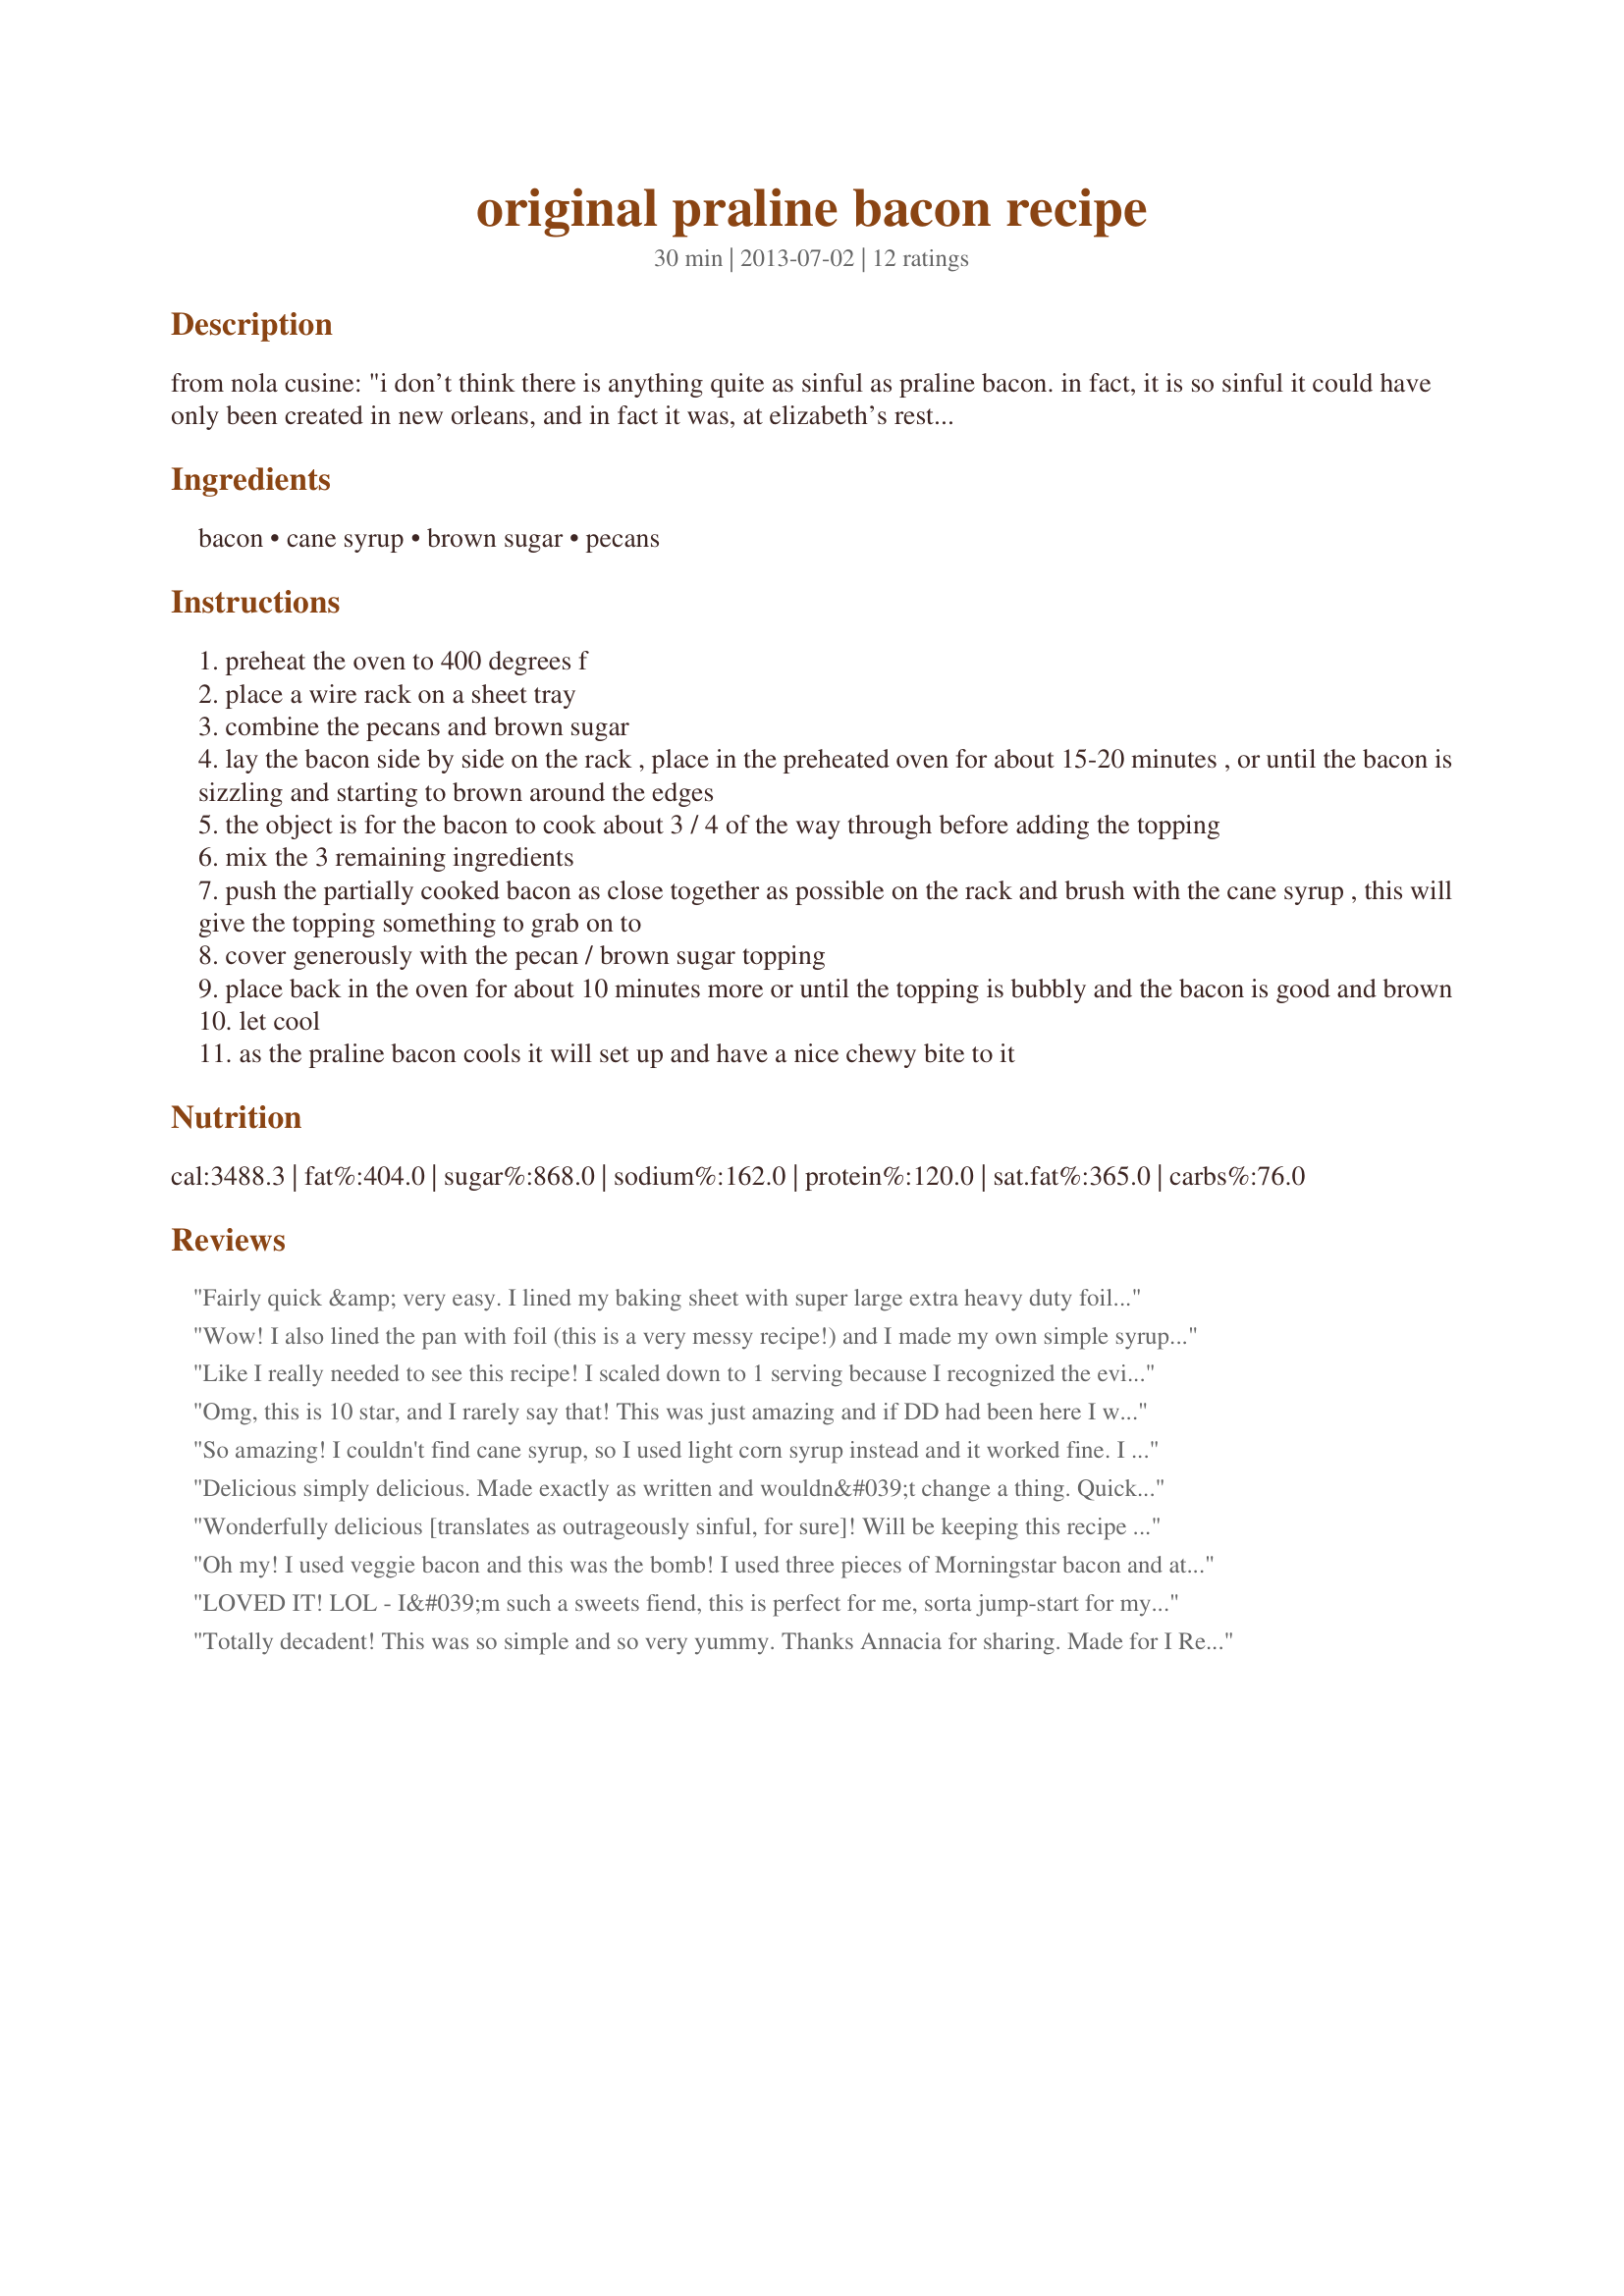
original praline bacon recipe
Preparation time: 30 minutes

from nola cusine: "i don’t think there is anything quite as sinful as praline bacon. in fact, it is so sinful it could have only been created in new orleans, and in fact it was, at elizabeth’s restaurant in 1998. the flavor marriage of pralines and good smoky bacon is so wrong that it just has to be right. make this with breakfast, and you will absolutely blow your family and guests away with minimal effort!"

Ingredients:
bacon, cane syrup, brown sugar, pecans

Steps:
preheat the oven to 400 degrees f
place a wire rack on a sheet tray
combine the pecans and brown sugar
lay the bacon side by side on the rack , place in the preheated oven for about 15-20 minutes , or until the bacon is sizzling and starting to brown around the edges
the object is for the bacon to cook about 3 / 4 of the way through before adding the topping
mix the 3 remaining ingredients
push the partially cooked bacon as close together as possible on the rack and brush with the cane syrup , this will give the topping something to grab on to
cover generously with the pecan / brown sugar topping
place back in the oven for about 10 minutes more or until the topping is bubbly and the bacon is good and brown
let cool
as the praline bacon cools it will set up and have a nice chewy bite to it

Reviews:
Fairly quick &amp; very easy. I lined my baking sheet with super large extra heavy duty foil, &amp; toasted the pecans in the preheating oven. I removed them to a bowl, put the rack onto the pan &amp; loaded up the bacon! the cooking times are spot on. I do recommend removing the final result from the rack before they cool, harden &amp; adhere! I have a VERY happy tummy!! Thank you! Made for ZWT9 Mike &amp; the Appliance Killers.
Wow! I also lined the pan with foil (this is a very messy recipe!) and I made my own simple syrup: Recipe #26987 and added about 1/2 teaspoon of pure maple extract. In our new oven I cooked the bacon (*local* bacon) for only 12 minutes and after adding the topping just another 2-3 minutes. This was good all on its own but will taste amazing tomorrow on a tossed salad as garnish. I imagine this tasting extra decadent crumbled on top of a scoop of homemade vanilla ice cream. Made for ZWT 9.
Like I really needed to see this recipe! I scaled down to 1 serving because I recognized the evil intent behind it, which was a good thing because my son and I ate all 6 rashers in, maybe, 2 minutes? Unbelievably good. Unbelievably messy. I took aforementioned advice and lined my pan with aluminum foil so that there wouldn&#039;t be any clean-up.
Omg, this is 10 star, and I rarely say that! This was just amazing and if DD had been here I would have had to make 3 times as much because she would have eaten the first batch before I could turn around! Absolutely fab and ssooo easy! Made for ZWT9, a wonderful find, thank you, Annacia, made for Panthers On The Prowl
So amazing! I couldn't find cane syrup, so I used light corn syrup instead and it worked fine. I would suggest spraying the rack with cooking spray because I found that the bacon stuck a little.
Delicious simply delicious. Made exactly as written and wouldn&#039;t change a thing. Quick and oh so easy to make, this could be trouble. The bacon was lovely, chewy, smokey, sweet and nutty. Truly a very special treat. I served it for breakfast with orange slices and recipe #502796 and for lunch I added it to recipe #480215 truly memorable. Thank you for sharing. Made for ZWT9 - Hot Pink Panthers on the Prowl.
Wonderfully delicious [translates as outrageously sinful, for sure]! Will be keeping this recipe around, for sure! Many thanks for posting it! [Made and reviewed in Zaar Stars Tag Game]
Oh my! I used veggie bacon and this was the bomb! I used three pieces of Morningstar bacon and ate them all in about 2 seconds. YUM! Made for ZWT by team Hot Stuff!
LOVED IT! LOL - I&#039;m such a sweets fiend, this is perfect for me, sorta jump-start for my day! I used a maple flavored bacon, which I feel may have made it just a little bit better, if that&#039;s possible! I followed directions and am so glad I did - I used a silicone mat under the bacon while cooking, to ease clean up and when removing from the pan, placed on another mat, to prevent sticking. (I had 2 pieces leftover, which I&#039;ve hidden away while trying to decide what to make with them - maple praline bacon ice cream? Perhaps!) LOL Thanks for sharing this decadent recipe, Annacia!
Totally decadent! This was so simple and so very yummy. Thanks Annacia for sharing. Made for I Recommend Tag.
DH chuckled from first to last forkful, so crazy good and sinful! Used King Golden Syrup. Made for Best of 2013 tag, based on recommendation by Cookgirl.
SO DELISH!!! My only little critique would be the directions say to bake the bacon and then mix the next 3 ingredients, which I did, then it says to brush the bacon with the syrup and sprinkle the pecan mixture on. Still worked out the way I did it, but that should be cleared up as some people may get confused and start all the way over using new ingredients. Anyway turned out good anyway, just fix those directions :)
